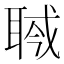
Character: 𦖎